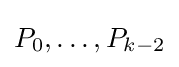
P_{0},\ldots ,P_{k-2}